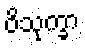
ဝိသုက္ခာ